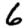
Digit: 6